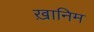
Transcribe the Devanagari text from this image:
ख़ानिम